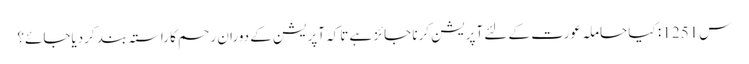
س1251 : کیا حاملہ عورت کے لئے آپریشن کرنا جائز ہے تاکہ آپریشن کے دوران رحم کا راستہ بند کردیاجائے؟